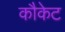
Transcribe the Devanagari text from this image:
कौकेट